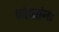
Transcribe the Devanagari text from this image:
पांड्यांना